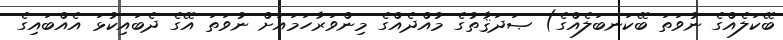
ބޭކަލެއްގެ ނުވަތަ ބޭކަނބަލެއްގެ) ޞަދަޤާތުގެ މުއްދެއްގެ މިންވަރާހަމައަށް ނުވަތަ އޭގެ ދެބައިކުޅަ އެއްބައިގެ